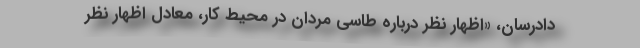
دادرسان، «اظهار نظر درباره طاسی مردان در محیط کار، معادل اظهار نظر